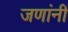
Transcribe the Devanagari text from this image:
जणांनीं